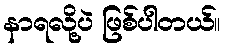
နာရလို့ပဲ ဖြစ်ပါတယ်။